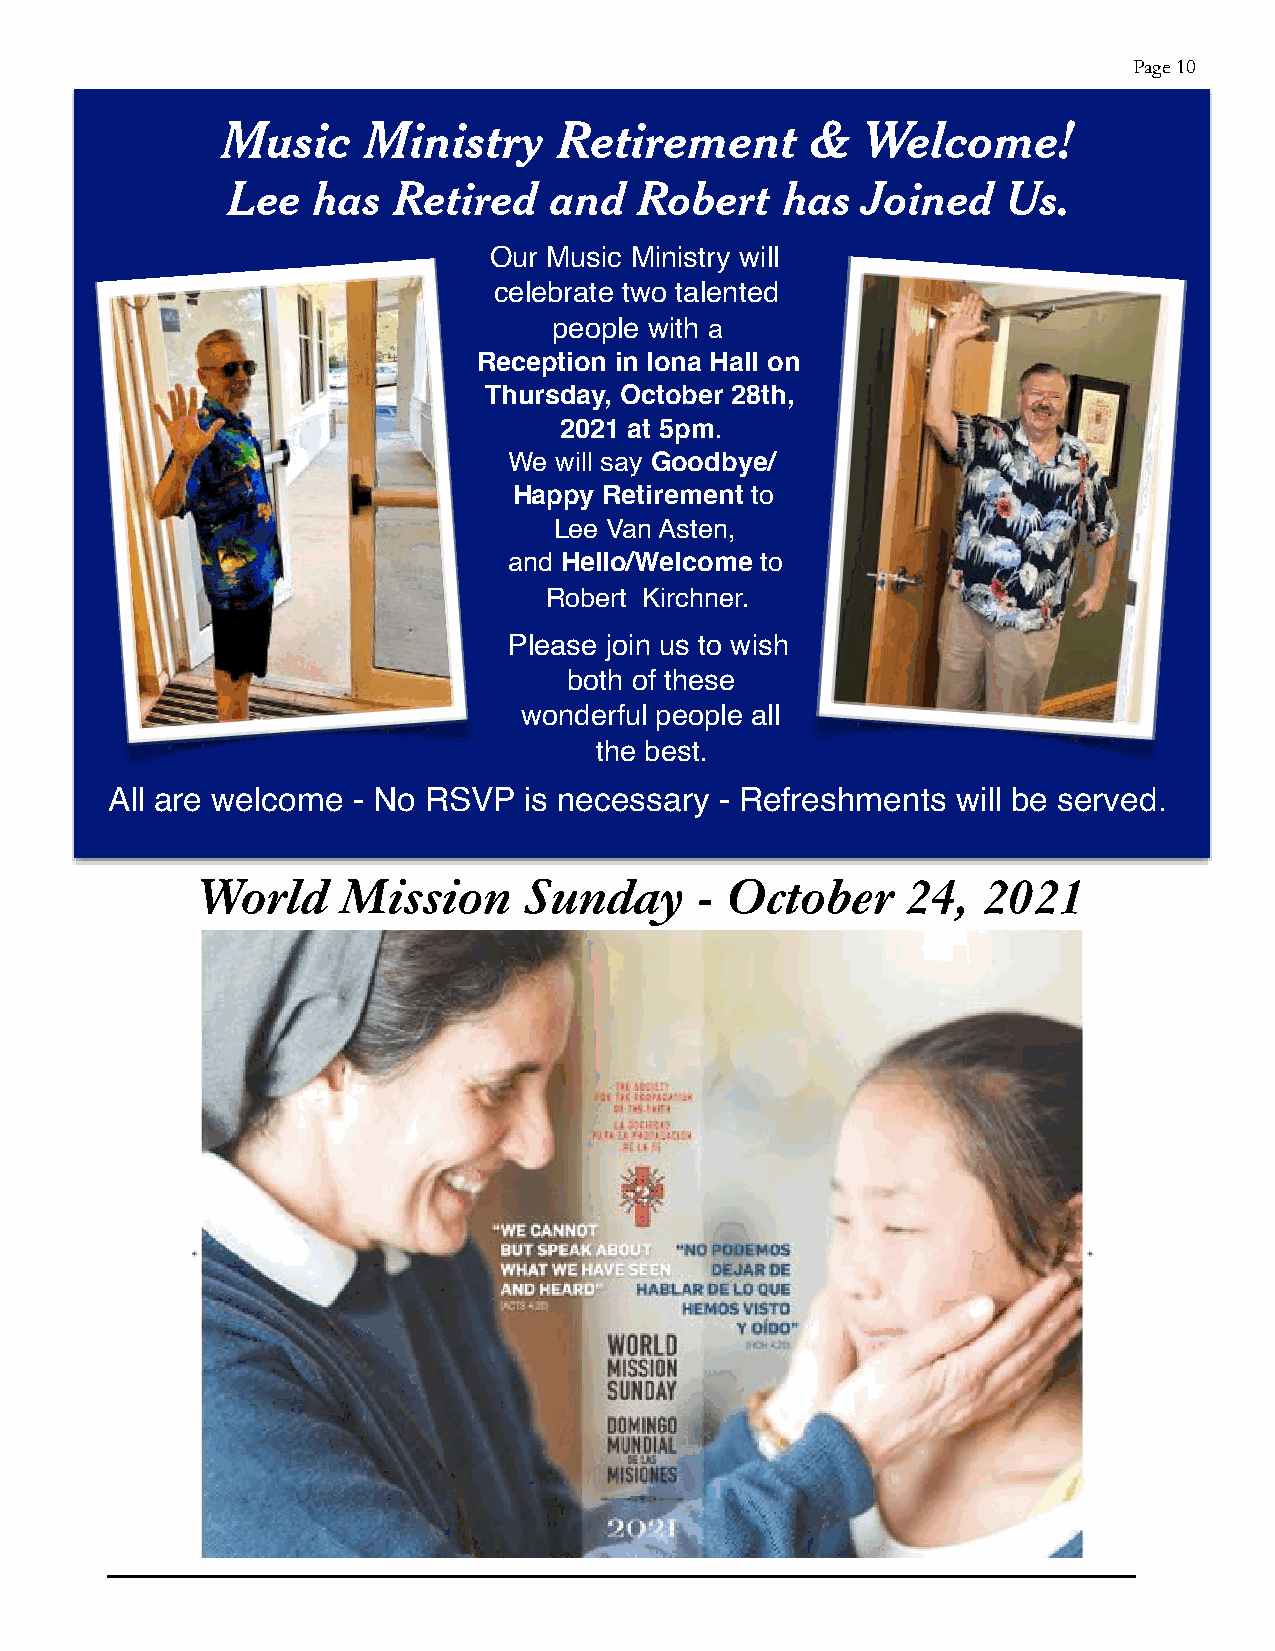
Page 10
 Music    Ministry     Retirement       &  Welcome!
 Lee   has  Retired    and  Robert    has  Joined    Us.
 Our Music Ministry will
 celebrate two talented
 people with a
 Reception in Iona Hall on
 Thursday, October 28th,
 2021 at 5pm.
 We will say Goodbye/
 Happy Retirement to
 Lee Van Asten,
 and Hello/Welcome to
 Robert Kirchner.
 Please join us to wish
 both of these
 wonderful people all
 the best.
 All are welcome - No RSVP   is necessary - Refreshments will be served.
 World     Mission     Sunday     - October     24,  2021